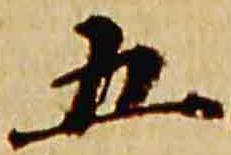
五